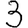
Digit: 3